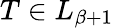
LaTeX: T\in L_{\beta+1}